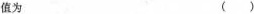
值为 \begin{pmatrix} \end{pmatrix}